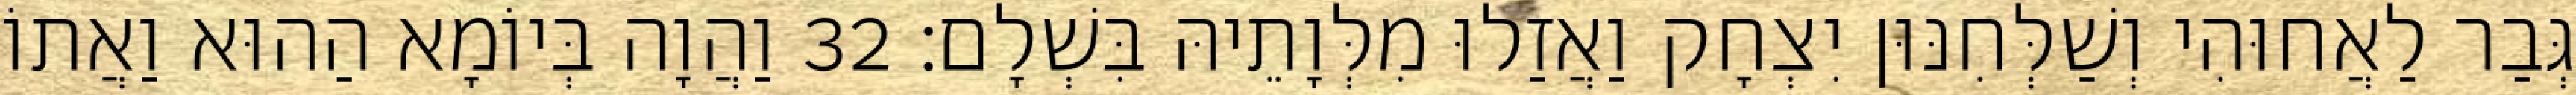
גְּבַר לַאֲחוּהִי וְשַׁלְּחִנּוּן יִצְחָק וַאֲזַלוּ מִלְּוָתֵיהּ בִּשְׁלָם׃ 32 וַהֲוָה בְּיוֹמָא הַהוּא וַאֲתוֹ